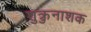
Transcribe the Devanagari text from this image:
शुक्रुनाशक